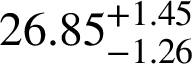
2 6 . 8 5 _ { - 1 . 2 6 } ^ { + 1 . 4 5 }